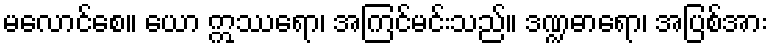
မလောင်စေ။ ယော ဣဿရော၊ အကြင်မင်းသည်။ ဒဏ္ဍဓာရော၊ အပြစ်အား